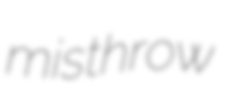
misthrow